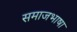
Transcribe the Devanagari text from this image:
समाजभाषा